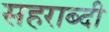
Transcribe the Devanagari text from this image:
सहराब्दी